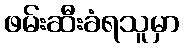
ဖမ်းဆီးခံရသူမှာ